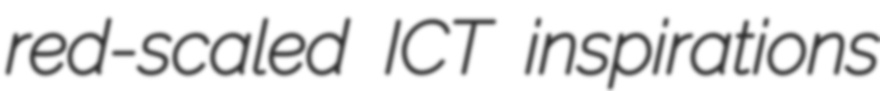
red-scaled ICT inspirations